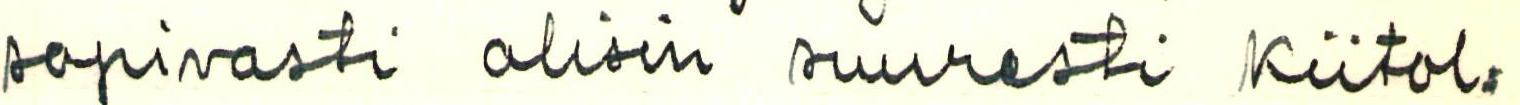
sopivasti olisin suuresti Kiitol=